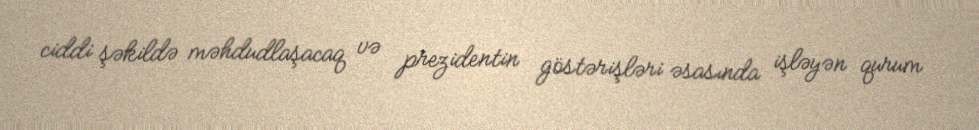
ciddi şəkildə məhdudlaşacaq və prezidentin göstərişləri əsasında işləyən qurum